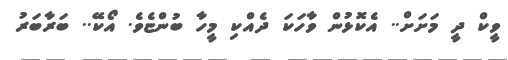
ވީކް ދީ މަށަށް.. އެކޮޅުން ވާހަކަ ދެއްކި މީހާ ބުންޏެވެ. އޯކޭ.. ބަރާބަރު